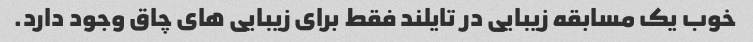
خوب یک مسابقه زیبایی در تایلند فقط برای زیبایی های چاق وجود دارد.